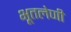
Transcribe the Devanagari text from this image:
भूतलेणी